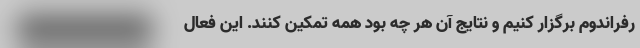
رفراندوم برگزار کنیم و نتایج آن هر چه بود همه تمکین کنند. این فعال